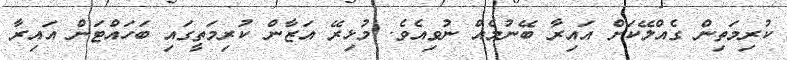
ކުރިމަތިން ގެއްލޭކަށް އައިރާ ބޭނުމެއް ނުވިއެވެ. މުޅިރޭ އަޒާން ކުރިމަތީގައި ބަހައްޓަން އައިރާ